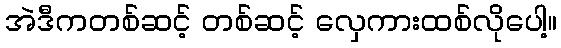
အဲဒီကတစ်ဆင့် တစ်ဆင့် လှေကားထစ်လိုပေါ့။